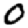
Digit: 0